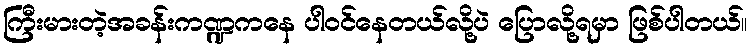
ကြီးမားတဲ့အခန်းကဏ္ဍကနေ ပါဝင်နေတယ်လို့ပဲ ပြောလို့ရမှာ ဖြစ်ပါတယ်။